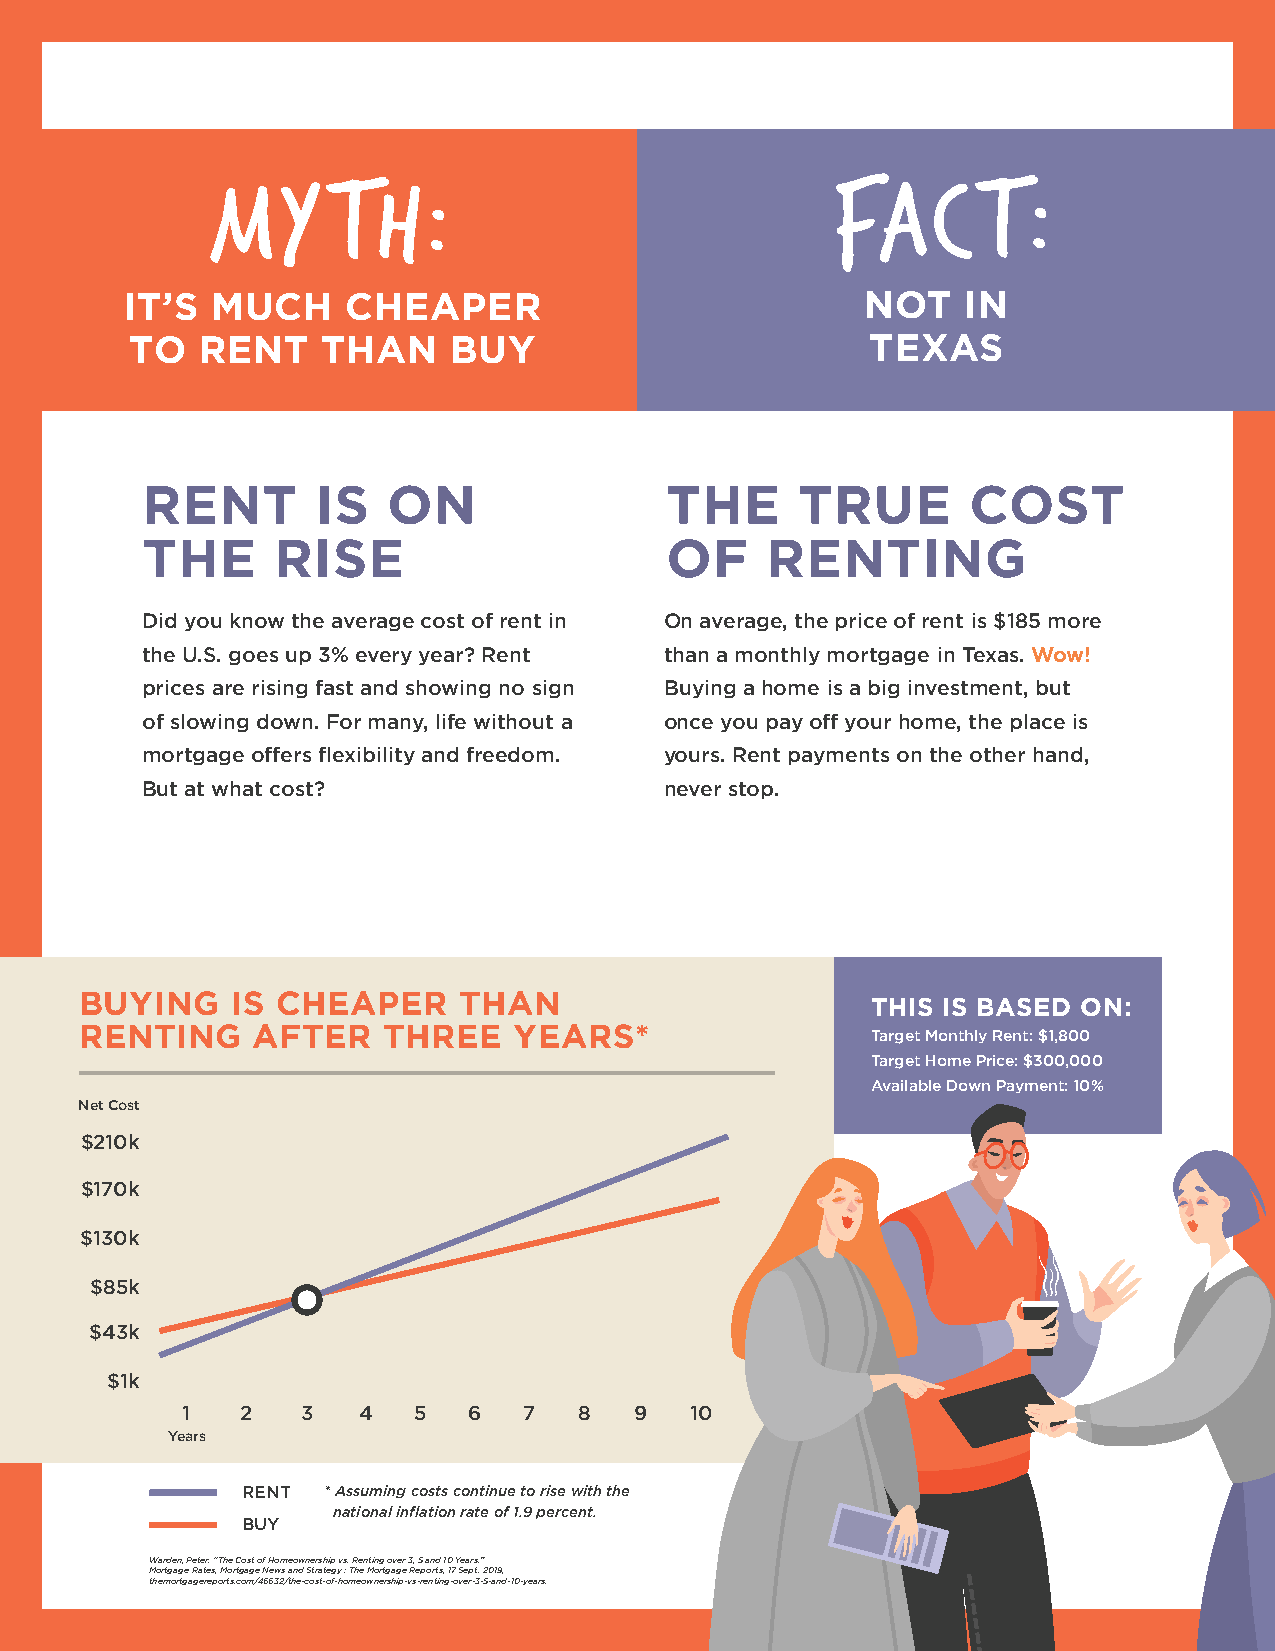
MY      TH:                              FA�T:
 IT’S  MUCH     CHEAPER                           NOT    IN
 TO  RENT    THAN     BUY                         TEXAS
 RENT        IS   ON                THE      TRUE       COST
 THE      RISE                      OF     RENTING
 Did you know the average cost of rent in On average, the price of rent is $185 more
 the U.S. goes up 3% every year? Rent than a monthly mortgage in Texas. Wow!
 prices are rising fast and showing no sign Buying a home is a big investment, but
 of slowing down. For many, life without a once you pay off your home, the place is
 mortgage offers flexibility and freedom. yours. Rent payments on the other hand,
 But at what cost?                  never stop.
 BUYING    IS CHEAPER     THAN                        THIS IS BASED ON:
 RENTING     AFTER   THREE    YEARS*                  Target Monthly Rent: $1,800
 Target Home Price: $300,000
 Available Down Payment: 10%
 Net Cost
 $210k
 $170k
 $130k
 $85k
 $43k
 $1k
 1   2   3   4  5   6   7  8   9   10
 Years
 RENT * Assuming costs continue to rise with the
 national inflation rate of 1.9 percent.
 BUY
 Warden, Peter. “The Cost of Homeownership vs. Renting over 3, 5 and 10 Years.”
 Mortgage Rates, Mortgage News and Strategy : The Mortgage Reports, 17 Sept. 2019,
 themortgagereports.com/46632/the-cost-of-homeownership-vs-renting-over-3-5-and-10-years.